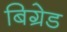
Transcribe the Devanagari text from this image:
बिग्रेड